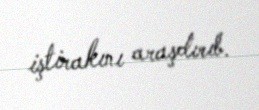
iştirakını araşdırıb.